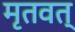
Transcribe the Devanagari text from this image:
मृतवत्‌